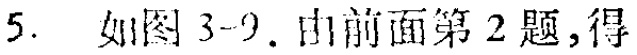
5. 如图 3-9. 由前面第 2 题, 得